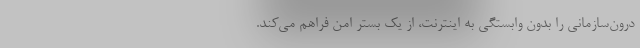
درون‌سازمانی را بدون وابستگی به اینترنت، از یک بستر امن فراهم می‌کند.